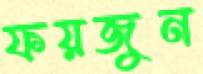
ফয়জুন